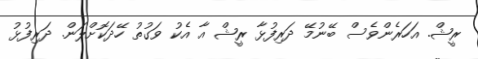
ރީޝް. އަހަރެންވެސް ބޭނުމޭ ދަރިފުޅާ ރީޝް އާ އެކު ވަގުތު ހޭދަކޮށްލަން. ދަރިފުޅު